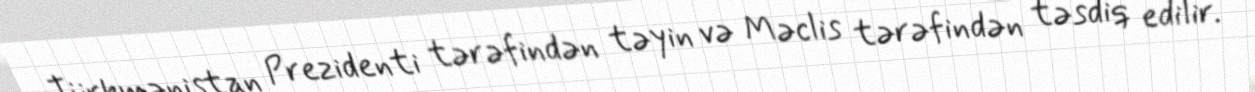
Türkmənistan Prezidenti tərəfindən təyin və Məclis tərəfindən təsdiq edilir.